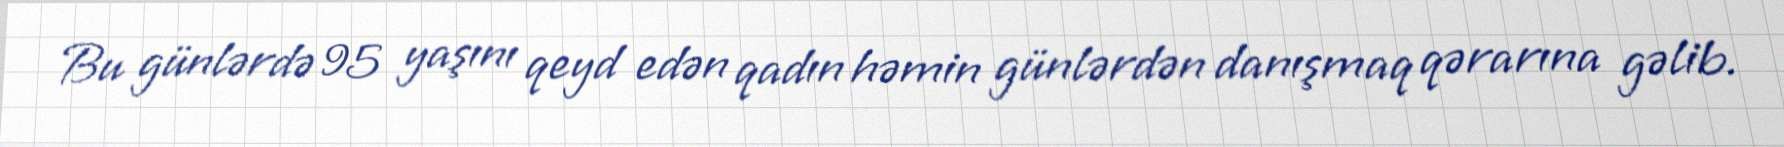
Bu günlərdə 95 yaşını qeyd edən qadın həmin günlərdən danışmaq qərarına gəlib.